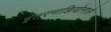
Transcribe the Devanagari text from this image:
इंतरनाझियोनाले